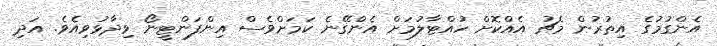
އެންގުމުގެ އިތުރުން މެޗު އެއްކޮށް ހުއްޓާލުމަށް އެންގޭނެ ކަމަށްވެސް އިންފަންޓީނޯ ވިދާޅުވިއެވެ. އަދި